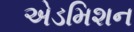
એડમિશન